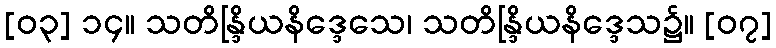
[၀၃] ၁၄။ သတိန္ဒြိယနိဒ္ဒေသေ၊ သတိန္ဒြိယနိဒ္ဒေသ၌။ [၀၇]